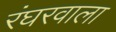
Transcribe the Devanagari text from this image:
रंघरवाला